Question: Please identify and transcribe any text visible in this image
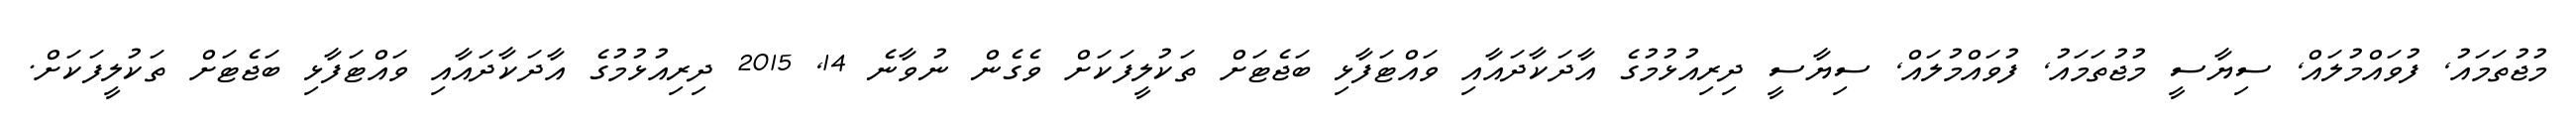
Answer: މުޖުތަމައު, ފުވައްމުލައް, ސިޔާސީ މުޖުތަމައު, ފުވައްމުލައް, ސިޔާސީ ދިރިއުޅުމުގެ އާދަކާދައާއި ވައްޓަފާޅި ބަޖެޓަށް ތަކުލީފަކަށް ވެގެން ނުވާނެ 14, 2015 ދިރިއުޅުމުގެ އާދަކާދައާއި ވައްޓަފާޅި ބަޖެޓަށް ތަކުލީފަކަށް.